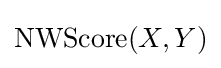
\operatorname {NWScore} (X,Y)